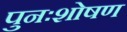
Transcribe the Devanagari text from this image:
पुनःशोषण